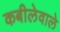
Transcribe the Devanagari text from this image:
कबीलेवाले